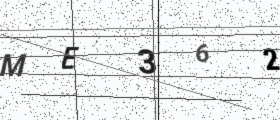
Text: ME362